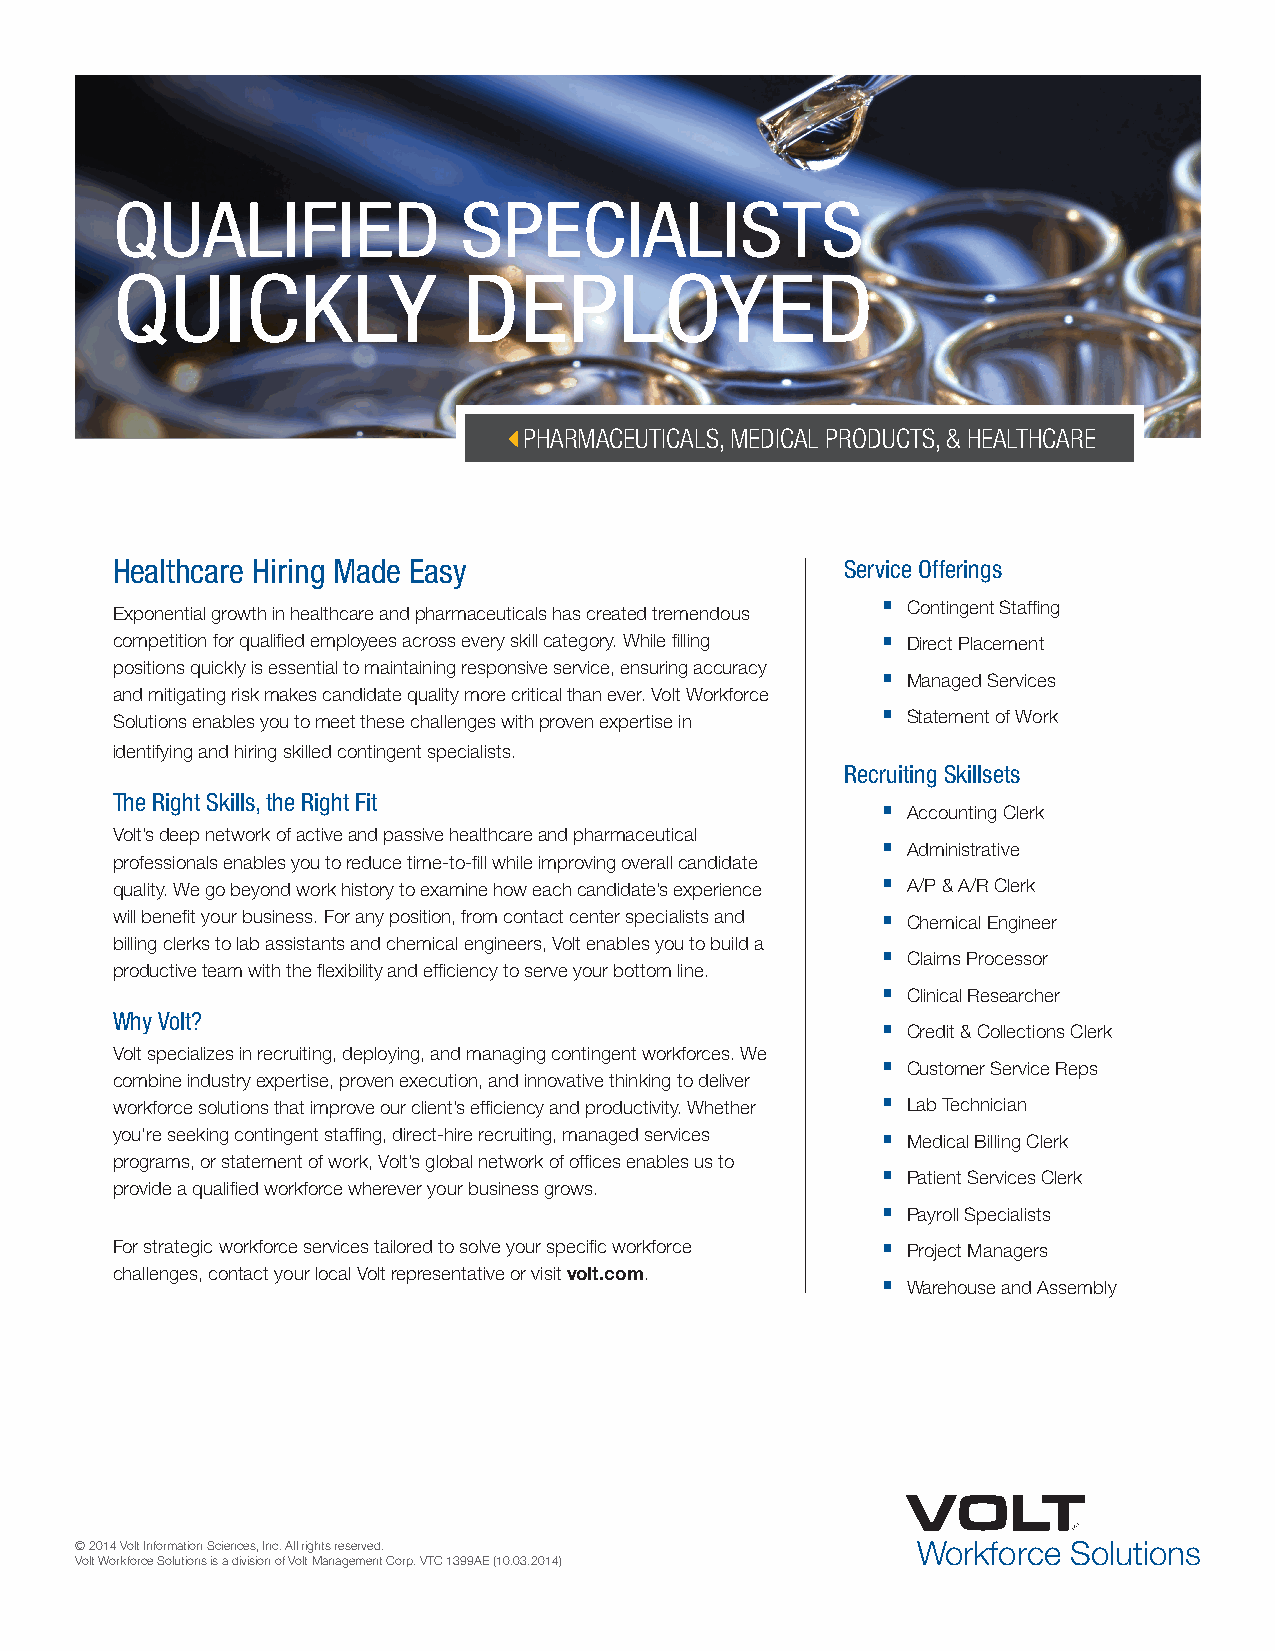
QUALIFIED               SPECIALISTS
 QUICKLY                 DEPLOYED
 PHARMACEUTICALS, MEDICAL PRODUCTS, & HEALTHCARE
 Healthcare Hiring Made Easy                      Service Offerings
 Exponential growth in healthcare and pharmaceuticals has created tremendous Contingent Staffing
 competition for qualified employees across every skill category. While filling Direct Placement
 positions quickly is essential to maintaining responsive service, ensuring accuracy
 Managed Services
 and mitigating risk makes candidate quality more critical than ever. Volt Workforce
 Solutions enables you to meet these challenges with proven expertise in Statement of Work
 identifying and hiring skilled contingent specialists.
 Recruiting Skillsets
 The Right Skills, the Right Fit
 Accounting Clerk
 Volt’s deep network of active and passive healthcare and pharmaceutical
 Administrative
 professionals enables you to reduce time-to-fill while improving overall candidate
 quality. We go beyond work history to examine how each candidate’s experience A/P & A/R Clerk
 will benefit your business. For any position, from contact center specialists and Chemical Engineer
 billing clerks to lab assistants and chemical engineers, Volt enables you to build a
 Claims Processor
 productive team with the flexibility and efficiency to serve your bottom line.
 Clinical Researcher
 Why Volt?
 Credit & Collections Clerk
 Volt specializes in recruiting, deploying, and managing contingent workforces. We
 Customer Service Reps
 combine industry expertise, proven execution, and innovative thinking to deliver
 workforce solutions that improve our client’s efficiency and productivity. Whether Lab Technician
 you’re seeking contingent staffing, direct-hire recruiting, managed services Medical Billing Clerk
 programs, or statement of work, Volt’s global network of offices enables us to
 Patient Services Clerk
 provide a qualified workforce wherever your business grows.
 Payroll Specialists
 For strategic workforce services tailored to solve your specific workforce Project Managers
 challenges, contact your local Volt representative or visit volt.com.
 Warehouse and Assembly
 © 2014 Volt Information Sciences, Inc. All rights reserved. Workforce Solutions
 Volt Workforce Solutions is a division of Volt Management Corp. VTC 1399AE (10.03.2014)